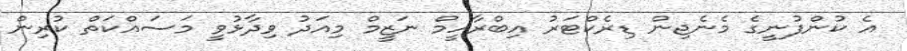
އެ ކުންފުނީގެ މެނެޖިން ޑިރެކްޓަރު އިބްރާހީމް ނަޒީމް މިއަދު ވިދާޅުވީ މަސައްކަތް ކުރިން